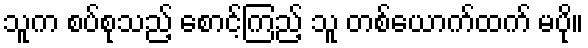
သူက စပ်စုသည့် စောင့်ကြည့် သူ တစ်ယောက်ထက် မပို။